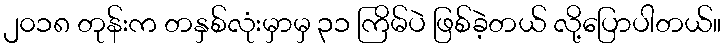
၂၀၁၈ တုန်းက တနှစ်လုံးမှာမှ ၃၁ ကြိမ်ပဲ ဖြစ်ခဲ့တယ် လို့ပြောပါတယ်။